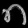
Digit: ၈